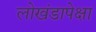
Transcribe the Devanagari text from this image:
लोखंडापेक्षा